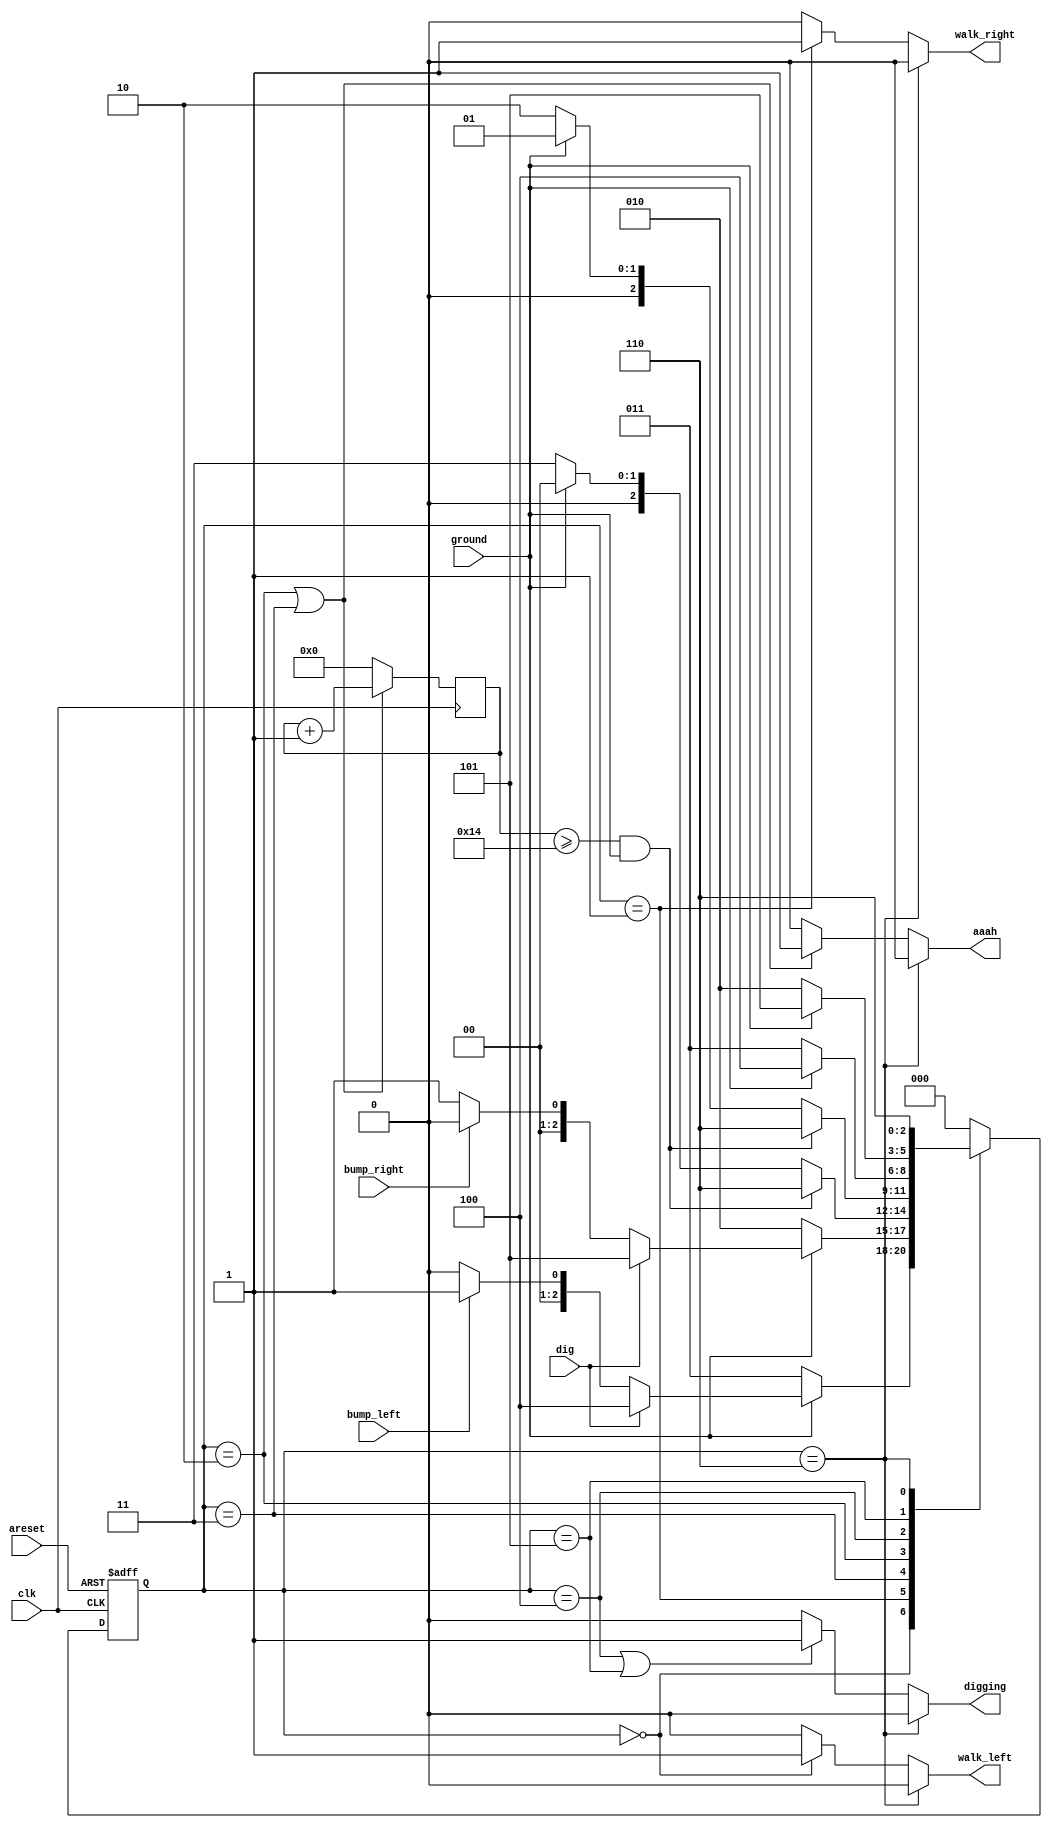
module top_module(
    input clk,
    input areset,    // Freshly brainwashed Lemmings walk left.
    input bump_left,
    input bump_right,
    input ground,
    input dig,
    output walk_left,
    output walk_right,
    output aaah,
    output digging ); 
    
    reg [2:0] state;
    reg [2:0] next_state;
    reg [7:0] cnt = 8'b0;
    
    parameter LW = 3'b000, RW = 3'b001, RF = 3'b010, LF = 3'b011, LDIG = 3'b100, RDIG = 3'b101, DEAD = 3'b110;// LW - left walk; 
    // RW - right walk; LF - left fall; RF - right fall
    
    always @(*) begin
        // State transition logic
        case (state)
            LW : next_state = ground ? (dig ? LDIG : (bump_left ? RW : LW)) : LF;
            RW : next_state = ground ? (dig ? RDIG : (bump_right ? LW : RW)) : RF;
            LF : next_state = (cnt >= 5'd20 & ground == 1'b1) ? DEAD : (ground ?  LW : LF);
            RF : next_state = (cnt >= 5'd20 & ground == 1'b1) ? DEAD : (ground ?  RW : RF);
            LDIG : next_state = ground ? LDIG : LF;
            RDIG : next_state = ground ? RDIG : RF;
            DEAD : next_state = DEAD;
            default : next_state = LW;
        endcase
    end
    
    always @(posedge clk or posedge areset)	begin
        if(areset)	
            state <= LW;
        else	
            state <= next_state;
        end
            
    
    assign walk_left = (state == DEAD) ? 1'b0 : (state == LW) ? 1'b1 : 1'b0;
    assign walk_right = (state == DEAD) ? 1'b0 : (state == RW) ? 1'b1 : 1'b0;
    assign aaah = (state == DEAD) ? 1'b0 : (state == RF | state == LF) ? 1'b1 : 1'b0;
    assign digging = (state == DEAD) ? 1'b0 : (state == LDIG | state == RDIG) ? 1'b1 : 1'b0; 
    
    always @(posedge clk)	begin
        if(state == LF | state == RF)
            cnt = cnt + 1'b1;
        else
            cnt = 8'b0;
    end

endmodule